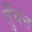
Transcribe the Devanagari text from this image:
तुँचत्त